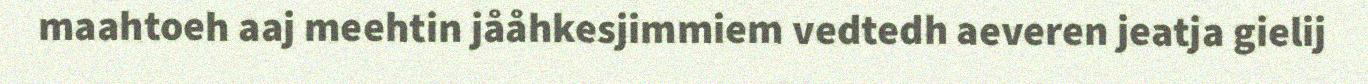
maahtoeh aaj meehtin jååhkesjimmiem vedtedh aeveren jeatja gielij